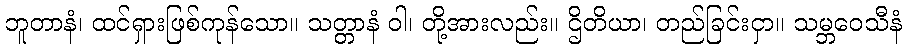
ဘူတာနံ၊ ထင်ရှားဖြစ်ကုန်သော။ သတ္တာနံ ဝါ၊ တို့အားလည်း။ ဌိတိယာ၊ တည်ခြင်းငှာ။ သမ္ဘဝေသီနံ